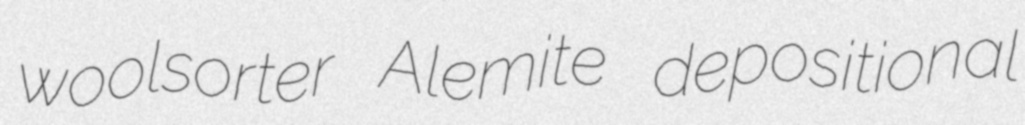
woolsorter Alemite depositional